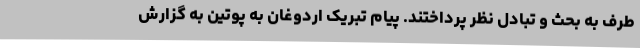
طرف به بحث و تبادل نظر پرداختند. پیام تبریک اردوغان به پوتین به گزارش